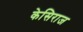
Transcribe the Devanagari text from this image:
केसिराज